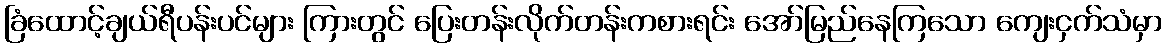
ခြံထောင့်ချယ်ရီပန်းပင်များ ကြားတွင် ပြေးတန်းလိုက်တန်းကစားရင်း အော်မြည်နေကြသော ကျေးငှက်သံမှာ